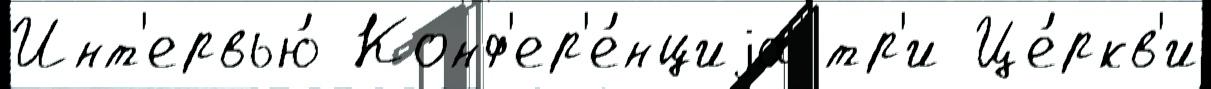
Инт'ервью́ Конф'ер'е́нциjа тр'и Це́ркв'и